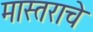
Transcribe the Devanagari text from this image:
मास्तराचे